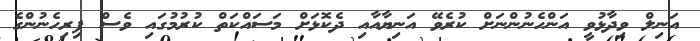
އަނިލް ވިދާޅުވީ އަންހެނުންނަށް ކުރެވޭ އަނިޔާއާއި ދެކޮޅަށް މަސައްކަތް ކުރުމުގައި ވެސް ފިރިހެނުންގެ